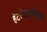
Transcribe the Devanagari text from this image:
हेटरोज़ाइगोसिटी